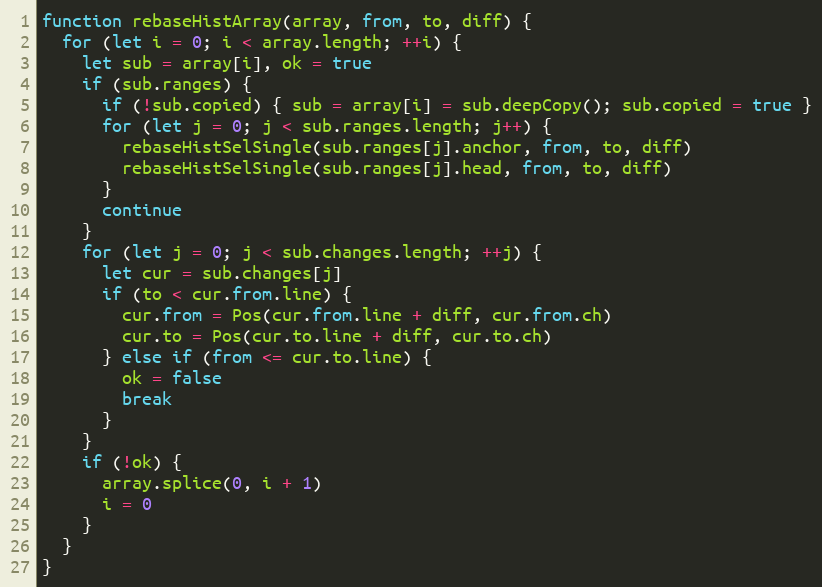
Language: JavaScript
function rebaseHistArray(array, from, to, diff) {
  for (let i = 0; i < array.length; ++i) {
    let sub = array[i], ok = true
    if (sub.ranges) {
      if (!sub.copied) { sub = array[i] = sub.deepCopy(); sub.copied = true }
      for (let j = 0; j < sub.ranges.length; j++) {
        rebaseHistSelSingle(sub.ranges[j].anchor, from, to, diff)
        rebaseHistSelSingle(sub.ranges[j].head, from, to, diff)
      }
      continue
    }
    for (let j = 0; j < sub.changes.length; ++j) {
      let cur = sub.changes[j]
      if (to < cur.from.line) {
        cur.from = Pos(cur.from.line + diff, cur.from.ch)
        cur.to = Pos(cur.to.line + diff, cur.to.ch)
      } else if (from <= cur.to.line) {
        ok = false
        break
      }
    }
    if (!ok) {
      array.splice(0, i + 1)
      i = 0
    }
  }
}